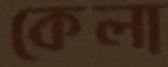
কেলা